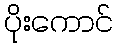
ပိုးကောင်